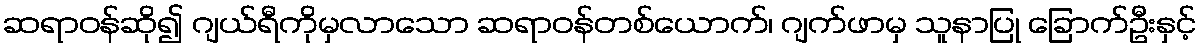
ဆရာဝန်ဆို၍ ဂျယ်ရီကိုမှလာသော ဆရာဝန်တစ်ယောက်၊ ဂျက်ဖာမှ သူနာပြု ခြောက်ဦးနှင့်